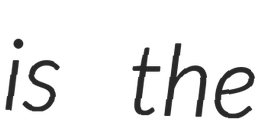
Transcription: is the